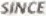
SINCE